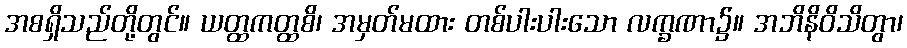
အစရှိသည်တို့တွင်။ ယတ္ထကတ္ထစိ၊ အမှတ်မထား တစ်ပါးပါးသော လက္ခဏာ၌။ အဘိနိဝိသိတွာ၊